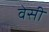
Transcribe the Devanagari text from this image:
वेसी